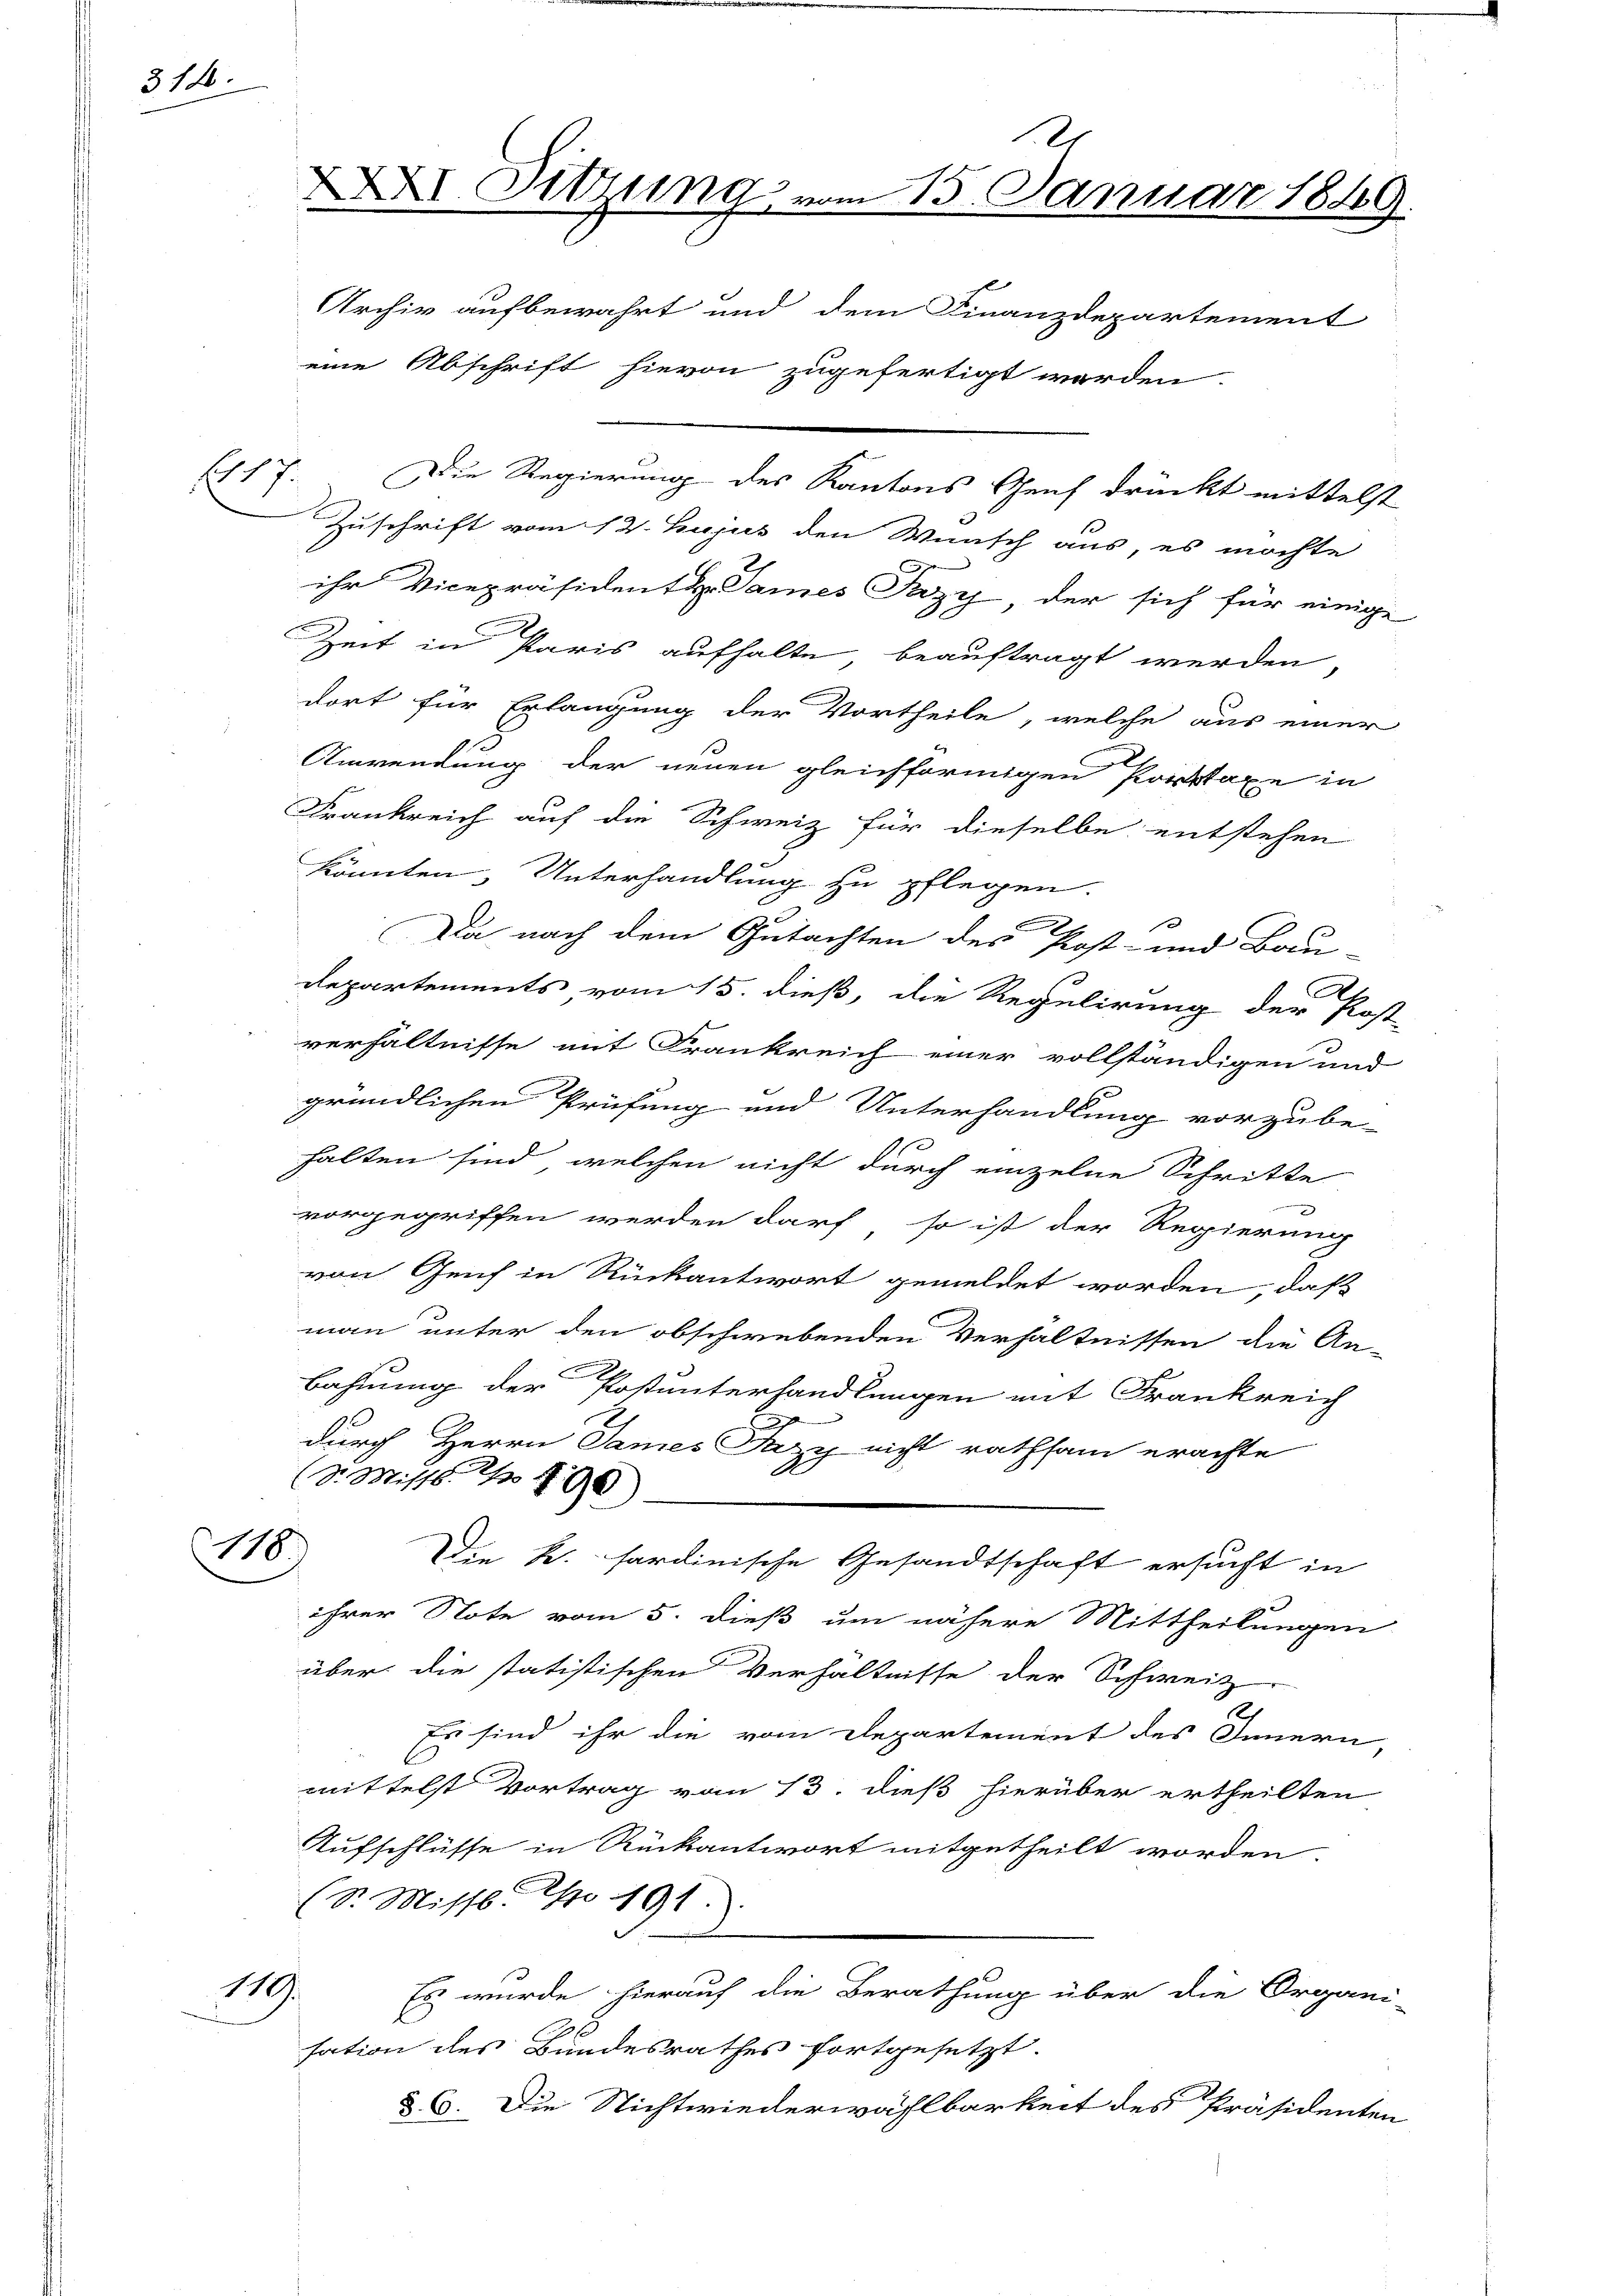
312.

Es

118.

119.

Sitzung vom 15. Januar 1849.

Die Regierung des Kantons Genf drückt mittelst
Zuschrift vom 12. hujus den Wunsch aus, es möchte
ihr Vicepräsidentl. Sames Przy der sich für einig
Zeit in Paris aufhalte beauftragt werden,
dort für Erlangung der Vortheile, welche aus einer
Anwendung der neuen gleichförmigen Porstaxe in
Frankreich auf die Schweiz für dieselbe entstehen
könnten, Unterhandlung zu pflegen.
Da nach dem Gutachten des Post- und Bau-
C
c
Departements vom 15. dieß, die Regulirung der Post
verhältnisse mit Frankreich einer vollständigen und
gründlichen Prüfung und Unterhandlung vorzube-
halten sind, welchen nicht durch einzelne Schritte
e
vorgegriffen werden darf, so ist der Regierung
von Genf in Rückantwort gemeldet worden, daß
mann unter den obschwebenden Verhältnissen die An-
Bahnung der Postunterhandlungen mit Frankreich
x
durch Herrn Sames Pazy nicht rathsam erachte
(Dr. Misss 1790
Die k. sardinische Gesandtschaft ersucht in
ihrer Note vom 5. dieß um nähere Mittheilungen
über die statistischen Verhältnisse der Schweiz
Es sind ihr die vom Departement des Innern,
mittelst Vortrag vom 13. dieß hierüber ertheilten
Aufschlüsse in Rückantwort mitgetheilt worden.
(S. Missl pro 191.
Es wurde hierauf die Berathung über die Organi-
sation des Bundesrathes fortgesetzt.
§. 6. Die Nichtwiederwählbarkeit des Präsidenten

Archiv aufbewahrt und dem Finanzdepartement
eine Abschrift hievon zugefertigt werden.

.